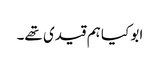
ابو کیا ہم قیدی تھے۔